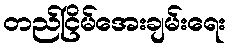
တည်ငြိမ်အေးချမ်းရေး